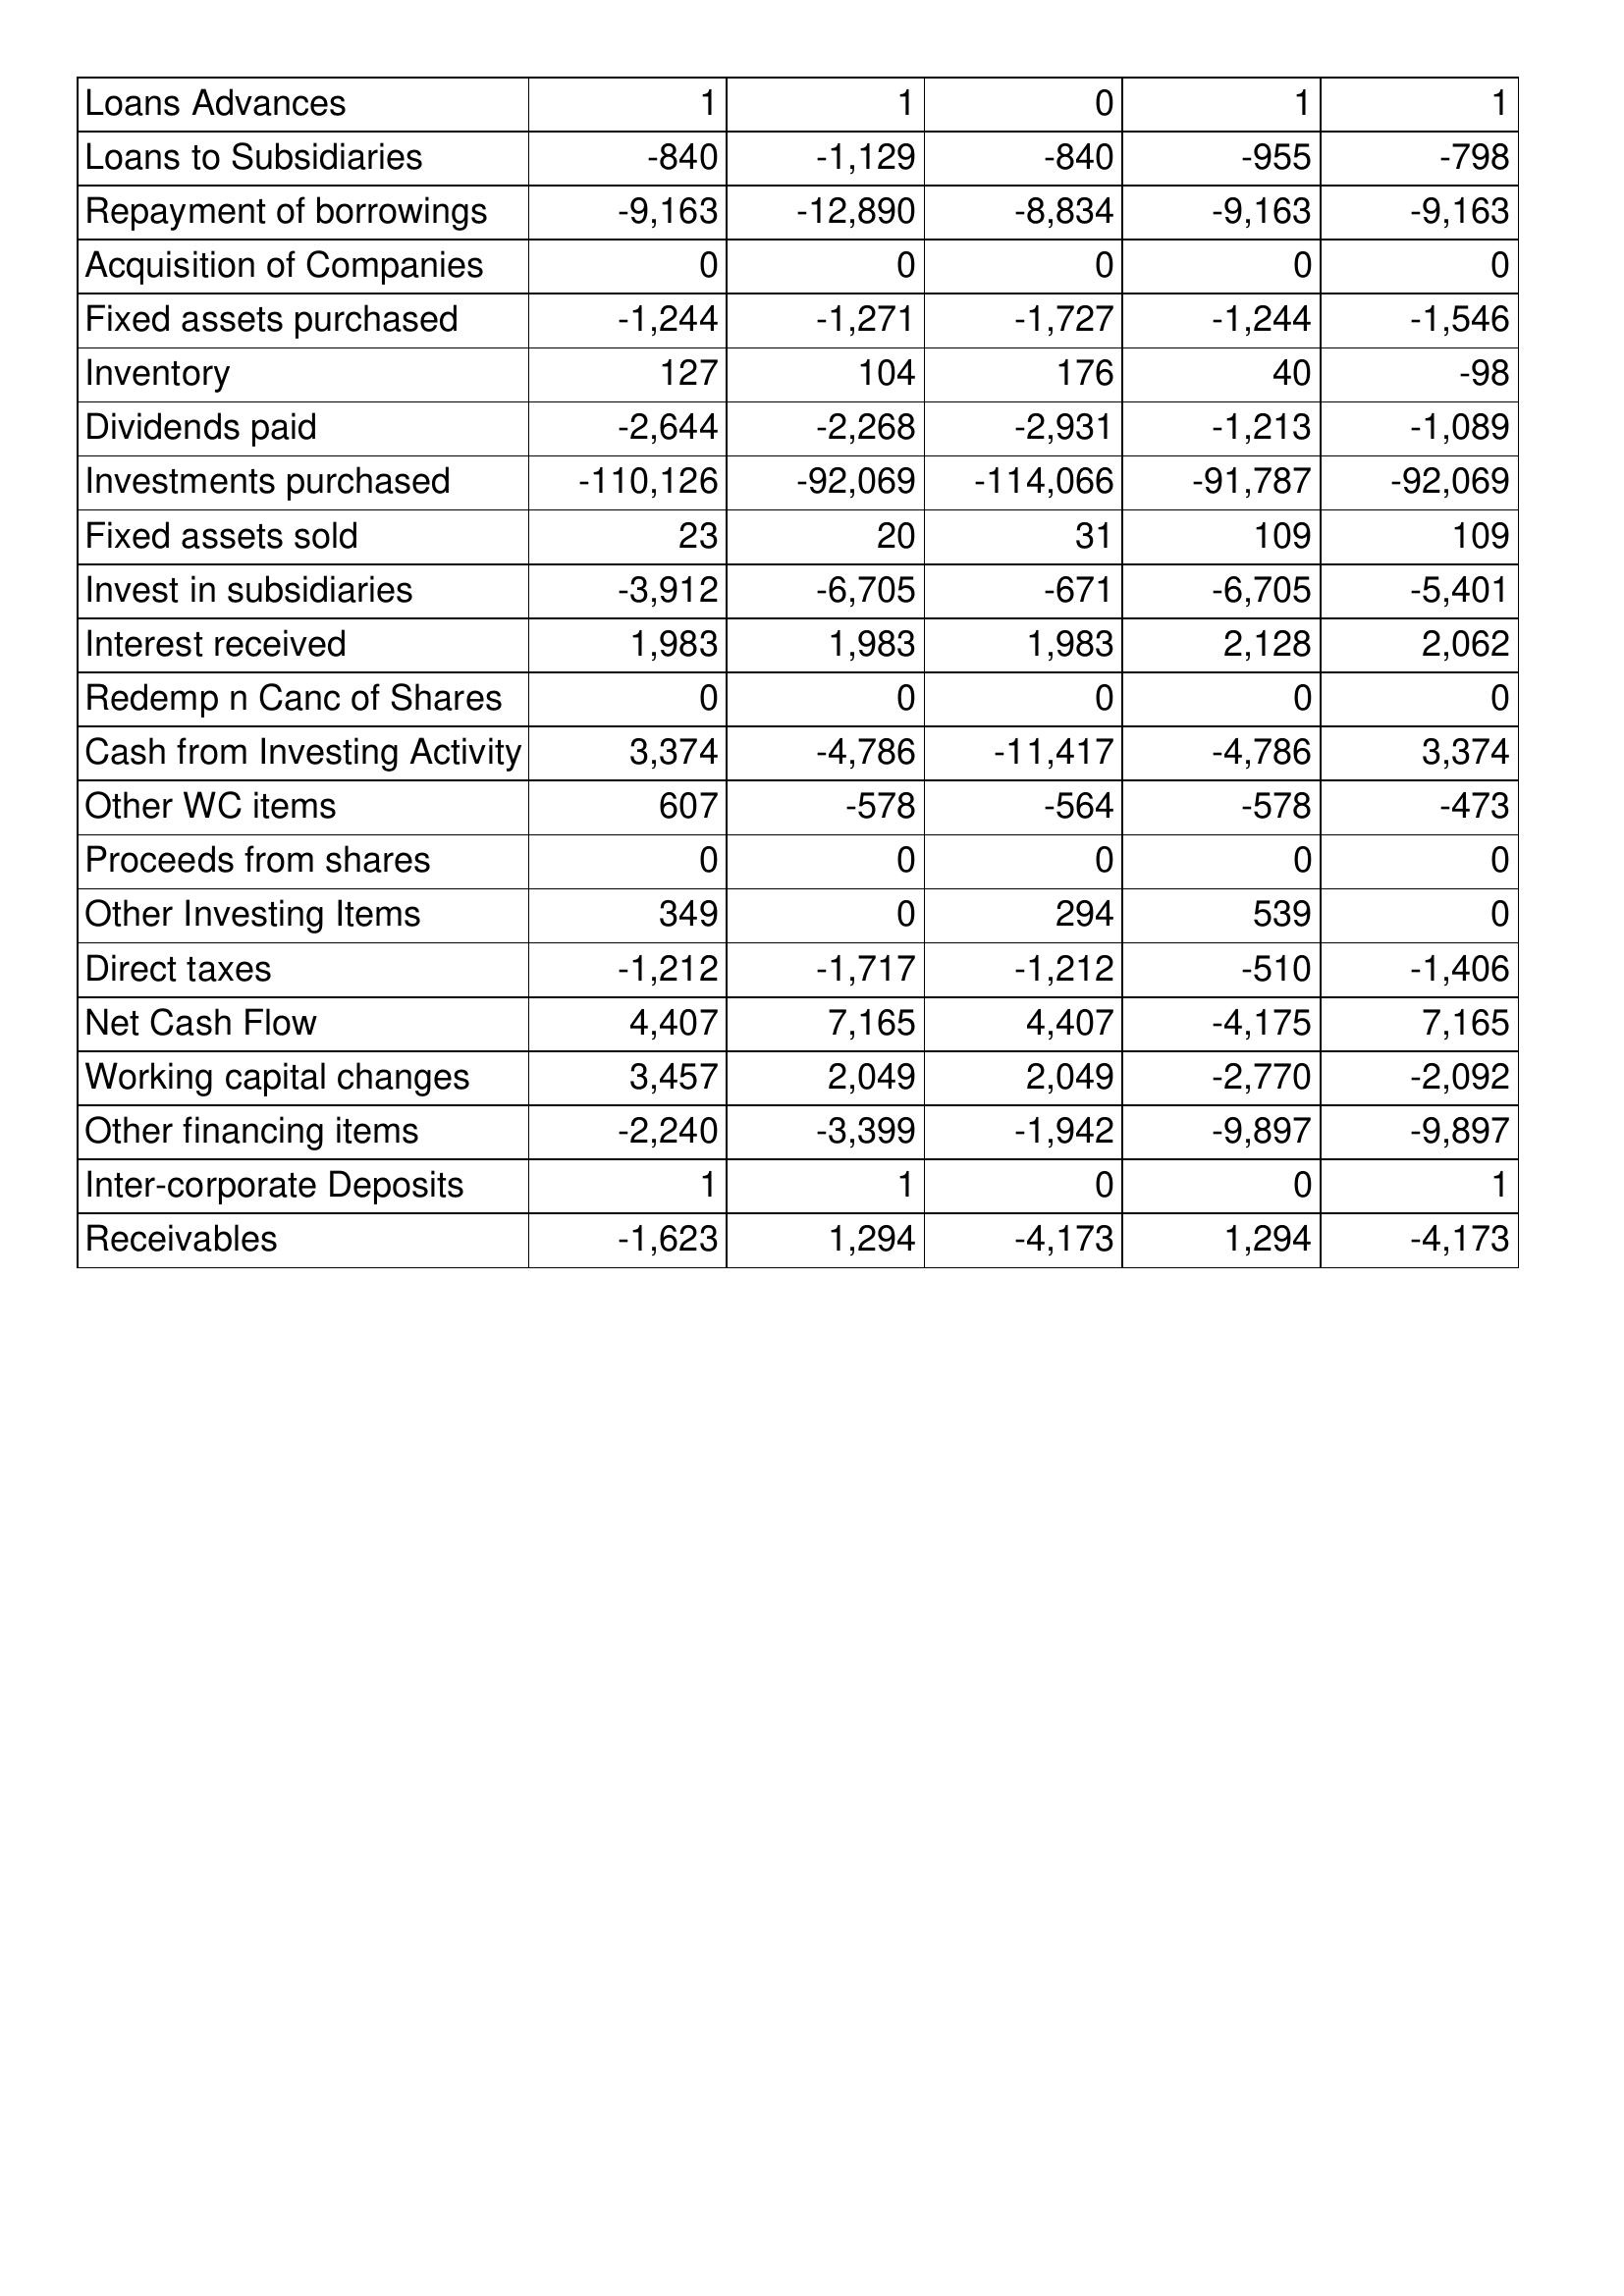
May-98: Cash Flows: Loans Advances: 1
Loans to Subsidiaries: -840
Repayment of borrowings: -9,163
Acquisition of Companies: 0
Fixed assets purchased: -1,244
Inventory: 127
Dividends paid: -2,644
Investments purchased: -110,126
Fixed assets sold: 23
Invest in subsidiaries: -3,912
Interest received: 1,983
Redemp n Canc of Shares: 0
Cash from Investing Activity: 3,374
Other WC items: 607
Proceeds from shares: 0
Other Investing Items: 349
Direct taxes: -1,212
Net Cash Flow: 4,407
Working capital changes: 3,457
Other financing items: -2,240
Inter-corporate Deposits: 1
Receivables: -1,623
May-97: Cash Flows: Loans Advances: 1
Loans to Subsidiaries: -1,129
Repayment of borrowings: -12,890
Acquisition of Companies: 0
Fixed assets purchased: -1,271
Inventory: 104
Dividends paid: -2,268
Investments purchased: -92,069
Fixed assets sold: 20
Invest in subsidiaries: -6,705
Interest received: 1,983
Redemp n Canc of Shares: 0
Cash from Investing Activity: -4,786
Other WC items: -578
Proceeds from shares: 0
Other Investing Items: 0
Direct taxes: -1,717
Net Cash Flow: 7,165
Working capital changes: 2,049
Other financing items: -3,399
Inter-corporate Deposits: 1
Receivables: 1,294
May-96: Cash Flows: Loans Advances: 0
Loans to Subsidiaries: -840
Repayment of borrowings: -8,834
Acquisition of Companies: 0
Fixed assets purchased: -1,727
Inventory: 176
Dividends paid: -2,931
Investments purchased: -114,066
Fixed assets sold: 31
Invest in subsidiaries: -671
Interest received: 1,983
Redemp n Canc of Shares: 0
Cash from Investing Activity: -11,417
Other WC items: -564
Proceeds from shares: 0
Other Investing Items: 294
Direct taxes: -1,212
Net Cash Flow: 4,407
Working capital changes: 2,049
Other financing items: -1,942
Inter-corporate Deposits: 0
Receivables: -4,173
May-95: Cash Flows: Loans Advances: 1
Loans to Subsidiaries: -955
Repayment of borrowings: -9,163
Acquisition of Companies: 0
Fixed assets purchased: -1,244
Inventory: 40
Dividends paid: -1,213
Investments purchased: -91,787
Fixed assets sold: 109
Invest in subsidiaries: -6,705
Interest received: 2,128
Redemp n Canc of Shares: 0
Cash from Investing Activity: -4,786
Other WC items: -578
Proceeds from shares: 0
Other Investing Items: 539
Direct taxes: -510
Net Cash Flow: -4,175
Working capital changes: -2,770
Other financing items: -9,897
Inter-corporate Deposits: 0
Receivables: 1,294
May-94: Cash Flows: Loans Advances: 1
Loans to Subsidiaries: -798
Repayment of borrowings: -9,163
Acquisition of Companies: 0
Fixed assets purchased: -1,546
Inventory: -98
Dividends paid: -1,089
Investments purchased: -92,069
Fixed assets sold: 109
Invest in subsidiaries: -5,401
Interest received: 2,062
Redemp n Canc of Shares: 0
Cash from Investing Activity: 3,374
Other WC items: -473
Proceeds from shares: 0
Other Investing Items: 0
Direct taxes: -1,406
Net Cash Flow: 7,165
Working capital changes: -2,092
Other financing items: -9,897
Inter-corporate Deposits: 1
Receivables: -4,173